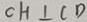
C H \bot C D